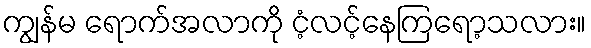
ကျွန်မ ရောက်အလာကို ငံ့လင့်နေကြရော့သလား။